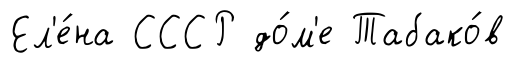
Ел'е́на СССР до́м'е Табако́в